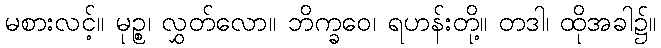
မစားလင့်။ မုဉ္စ၊ လွှတ်လော။ ဘိက္ခဝေ၊ ရဟန်းတို့။ တဒါ၊ ထိုအခါ၌။